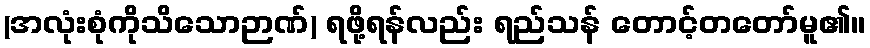
(အလုံးစုံကိုသိသောဉာဏ်) ရဖို့ရန်လည်း ရည်သန် တောင့်တတော်မူ၏။